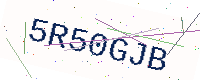
Text: 5R50GJB